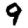
Digit: 9